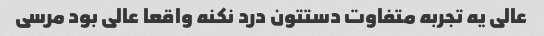
عالی یه تجربه متفاوت دستتون درد نکنه واقعا عالی بود مرسی